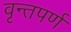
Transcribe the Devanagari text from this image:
वृन्तपर्ण